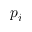
p _ { i }